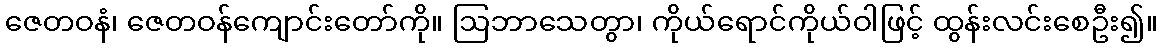
ဇေတဝနံ၊ ဇေတဝန်ကျောင်းတော်ကို။ ဩဘာသေတွာ၊ ကိုယ်ရောင်ကိုယ်ဝါဖြင့် ထွန်းလင်းစေဦး၍။